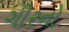
ગીરનો